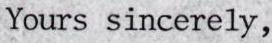
Yours sincerely,